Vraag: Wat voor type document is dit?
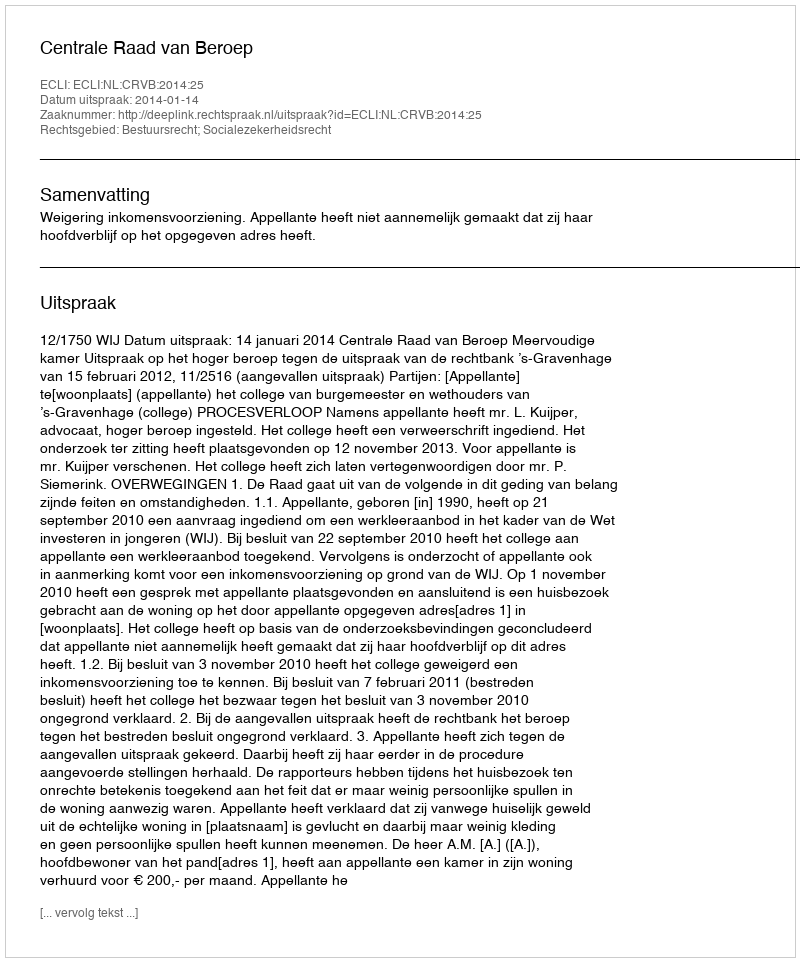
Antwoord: Uitspraak